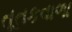
તૂતકવાળા